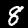
Label: 8